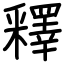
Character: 釋